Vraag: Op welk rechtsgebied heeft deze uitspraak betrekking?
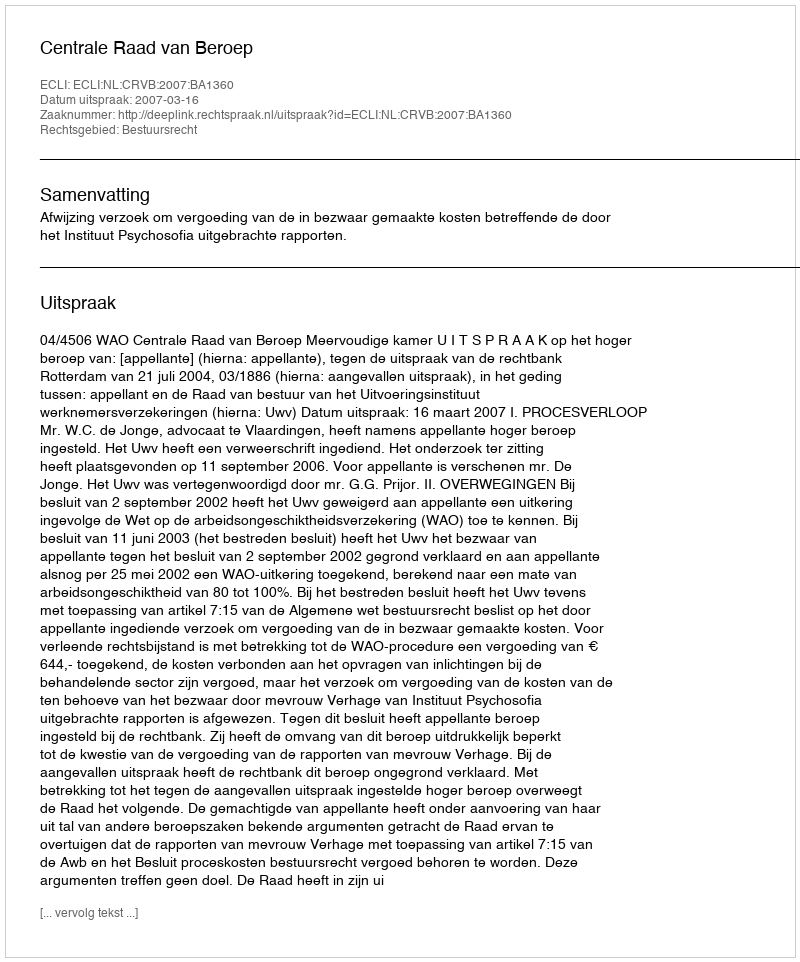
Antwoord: Bestuursrecht